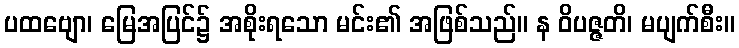
ပထဗျော၊ မြေအပြင်၌ အစိုးရသော မင်း၏ အဖြစ်သည်။ န ဝိပဇ္ဇတိ၊ မပျက်စီး။